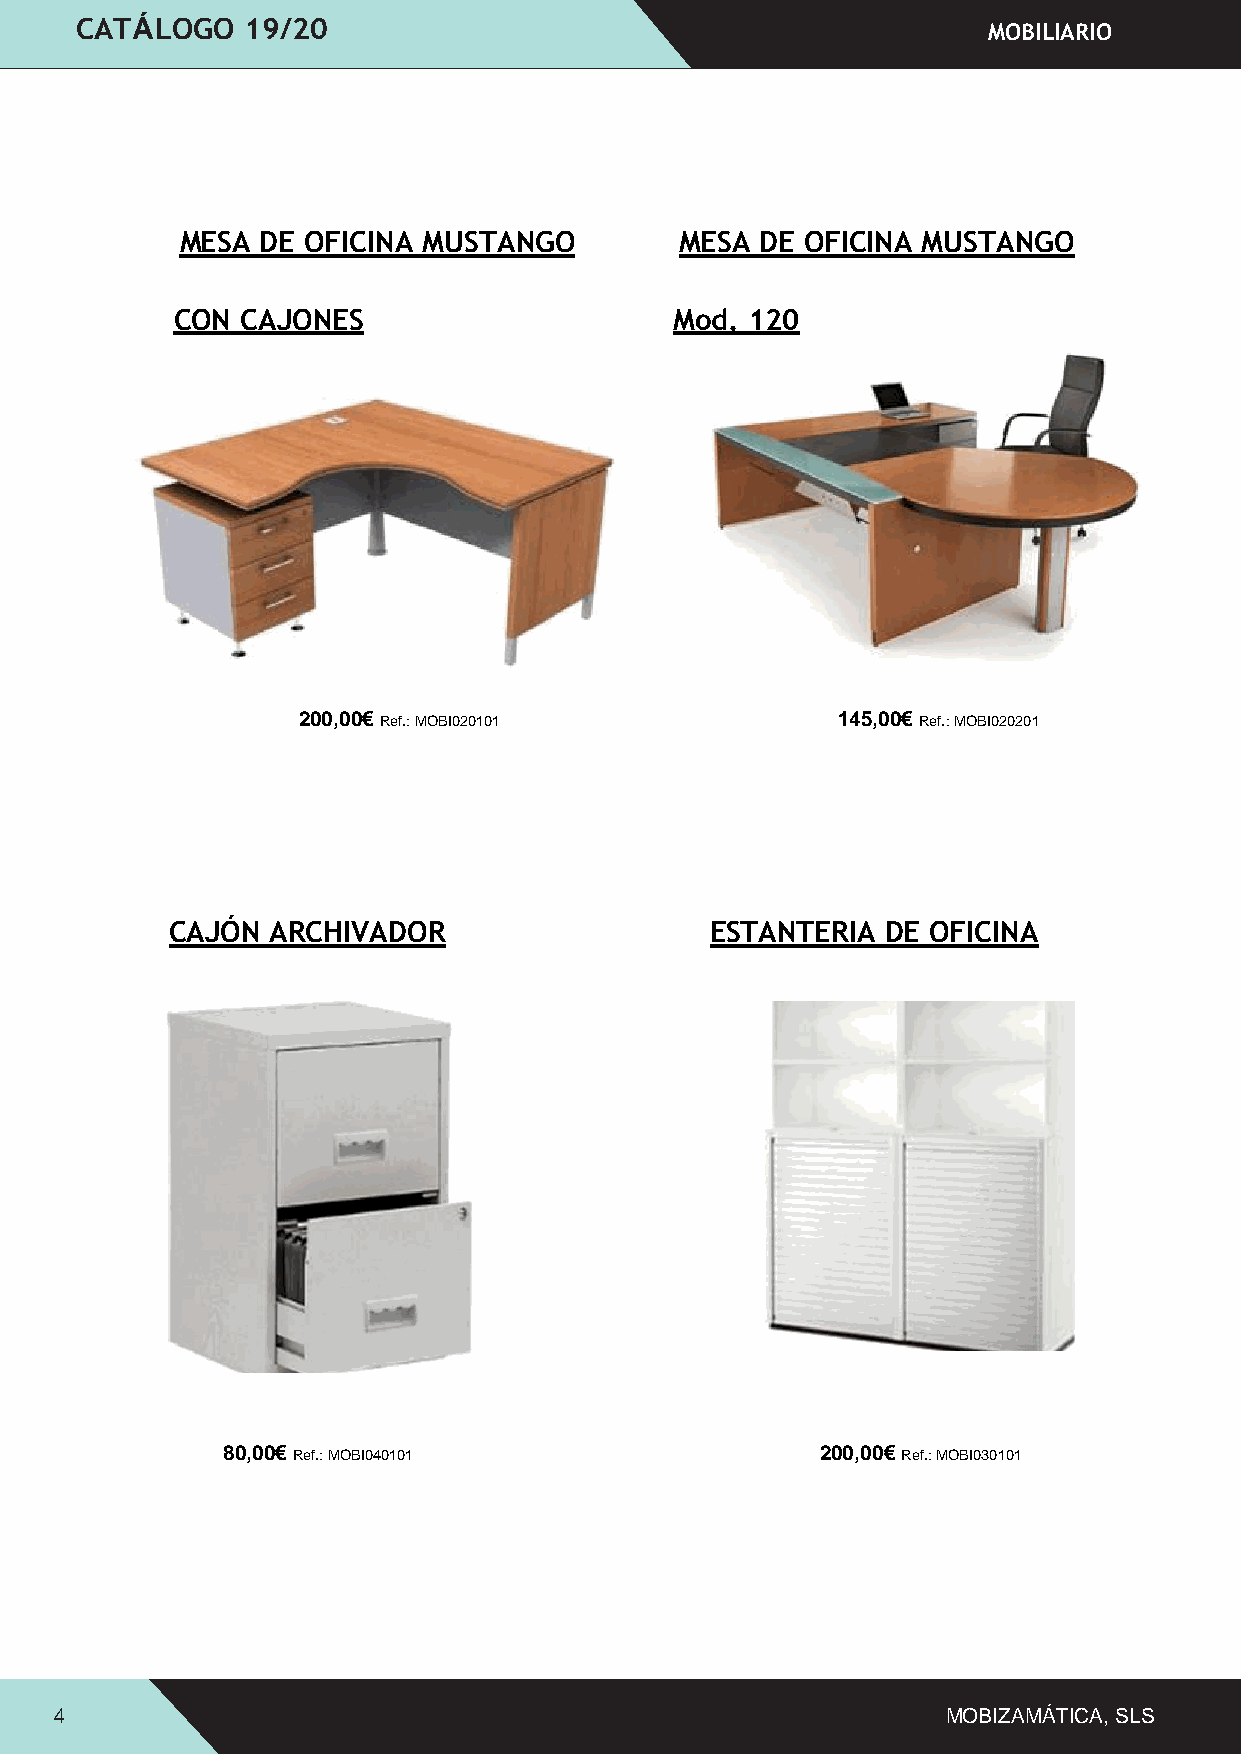
CATÁLOGO   19/20
 MOBILIAR IO
 MESA DE OFICINA MUSTANGO         MESA DE OFICINA MUSTANGO
 CON  CAJONES                      Mod. 120
 200,00€ Ref.: MOBI020101           145,00€ Ref.: MOBI020201
 CAJÓN  ARCHIVADOR                   ESTANTERIA  DE OFICINA
 80,00€ Ref.: MOBI040101                200,00€ Ref.: MOBI030101
 4                                                          MOBIZAMÁTICA, SLS